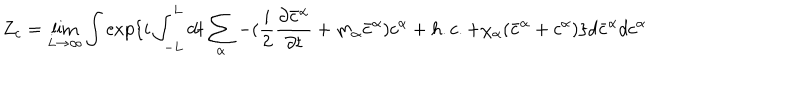
LaTeX: Z _ { c } = \lim _ { L \rightarrow \infty } \int \exp \{ i \int _ { - L } ^ { L } d t \sum _ { \alpha } - ( \frac { i } { 2 } \frac { \partial \bar { c } ^ { \alpha } } { \partial t } + m _ { \alpha } \bar { c } ^ { \alpha } ) c ^ { \alpha } + h . c . + \chi _ { \alpha } ( \bar { c } ^ { \alpha } + c ^ { \alpha } ) \} d \bar { c } ^ { \alpha } d c ^ { \alpha }